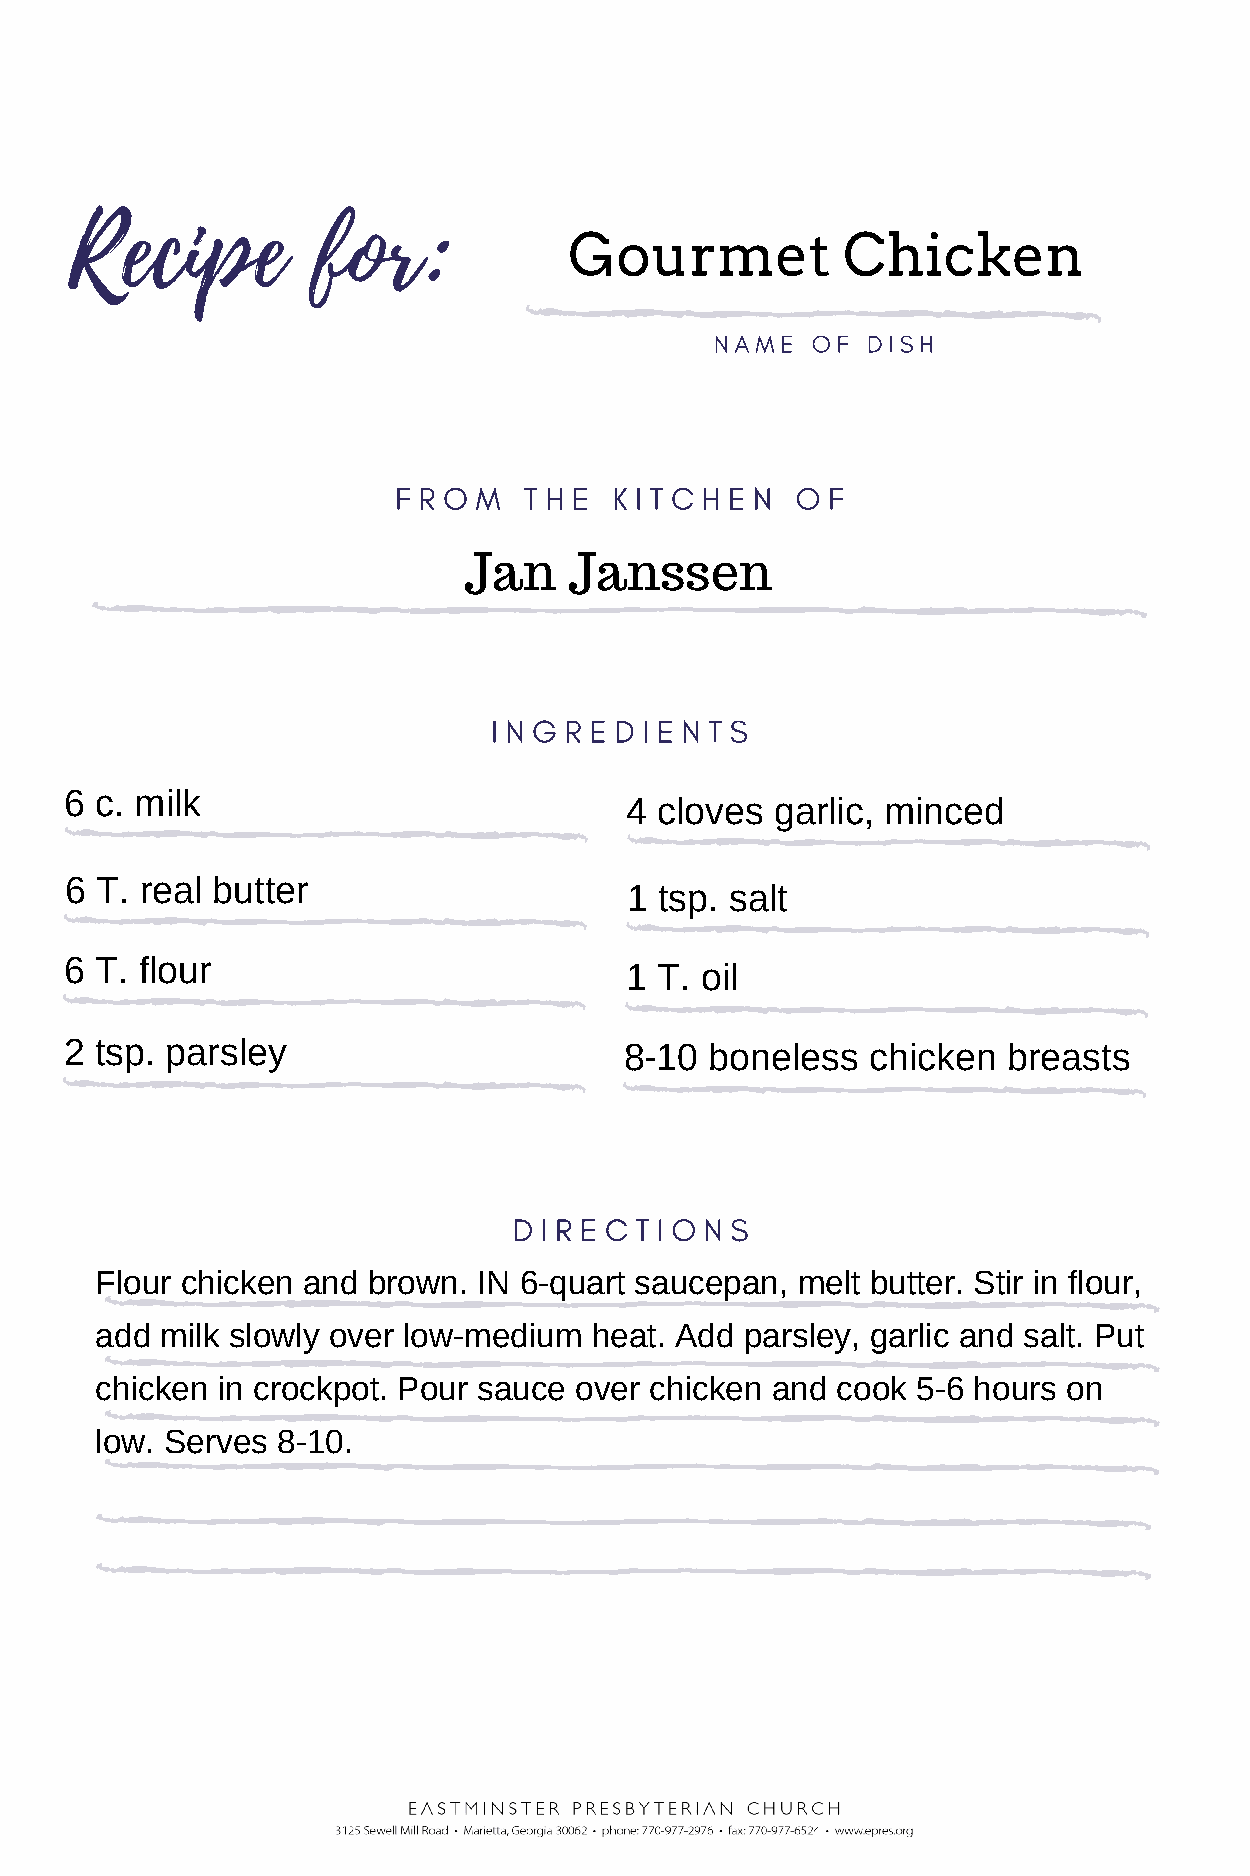
Recipe          for:
 Gourmet           Chicken
 NAME   OF DISH
 F R O M  T H E K I T C H E N O F
 Jan    Janssen
 I N G R E D I E N T S
 6 c. milk
 4  cloves garlic, minced
 6 T. real butter
 1 tsp. salt
 6 T. flour
 1  T. oil
 2 tsp. parsley                       8-10  boneless   chicken  breasts
 D I R E C T I O N S
 Flour chicken and brown.  IN 6-quart saucepan, melt butter. Stir in flour,
 add  milk slowly over low-medium heat. Add parsley, garlic and salt. Put
 chicken in crockpot. Pour sauce over chicken and cook  5-6 hours on
 low. Serves 8-10.